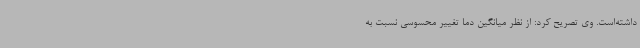
داشته‌است. وی تصریح کرد: از نظر میانگین دما تغییر محسوسی نسبت به